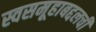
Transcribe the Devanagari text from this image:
स्वसमूहाबद्दलची